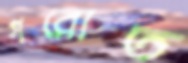
গরোত